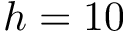
h = 1 0